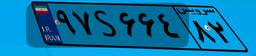
۷۸S۱۹۹۱۶